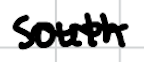
Text: South
Cross-out: wave
Writing tool: digital_black